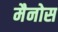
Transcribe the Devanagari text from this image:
मैनोस